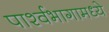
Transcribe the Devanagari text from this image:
पार्श्वभागामध्ये